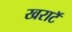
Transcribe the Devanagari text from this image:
खराटॅ